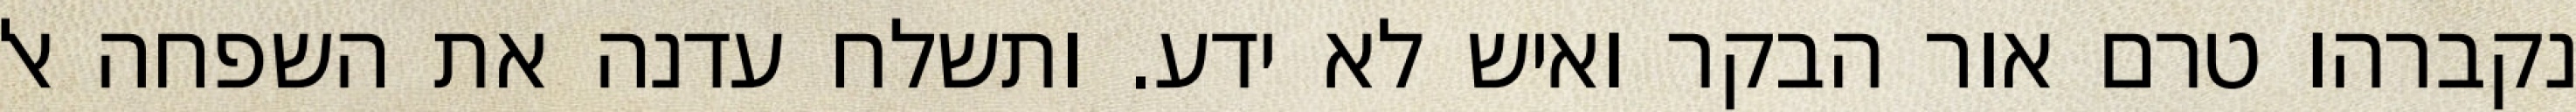
נקברהו טרם אור הבקר ואיש לא ידע. ותשלח עדנה את השפחה אל